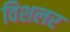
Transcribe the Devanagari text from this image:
विशलर